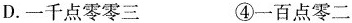
D.一千点零零三 ④一百点零二